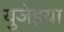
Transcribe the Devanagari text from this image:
युजेइया